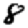
Digit: 8